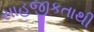
સાહજીકતાથી